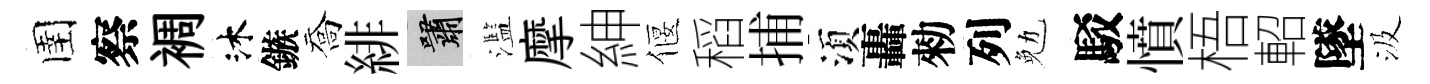
圉察裯沐鏃喬緋嘯濫摩紳偃稻捕湏轟勑列勉駁憤梧軺墜汲